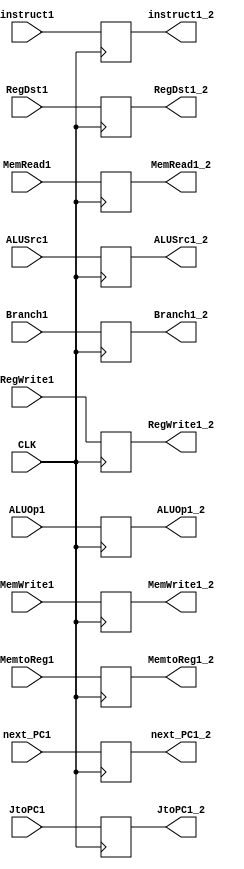
module First_pipe(
  input CLK,
  input wire [31:0] next_PC1,
  input wire [31:0] instruct1,
  input wire JtoPC1,
  input wire Branch1,
  input wire RegWrite1,
  input wire RegDst1,
  input wire ALUSrc1,
  input wire MemWrite1,
  input wire MemRead1,
  input wire MemtoReg1,
  input wire [3:0] ALUOp1,

  output reg [31:0] next_PC1_2,
  output reg [31:0] instruct1_2,
  output reg JtoPC1_2,
  output reg Branch1_2,
  output reg RegWrite1_2,
  output reg RegDst1_2,
  output reg ALUSrc1_2,
  output reg MemWrite1_2,
  output reg MemRead1_2,
  output reg MemtoReg1_2,
  output reg [3:0] ALUOp1_2
);



always @(negedge CLK)
begin
  next_PC1_2 <= next_PC1;
  instruct1_2 <= instruct1;
  JtoPC1_2 <= JtoPC1;
  Branch1_2 <= Branch1;
  RegWrite1_2 <= RegWrite1;
  RegDst1_2 <= RegDst1;
  ALUSrc1_2 <= ALUSrc1;
  MemWrite1_2 <= MemWrite1;
  MemRead1_2 <= MemRead1;
  MemtoReg1_2 <= MemtoReg1;
  ALUOp1_2 <= ALUOp1;
end

endmodule